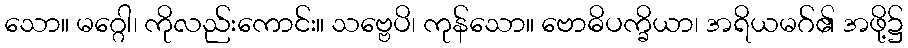
သော။ မဂ္ဂေါ၊ ကိုလည်းကောင်း။ သဗ္ဗေပိ၊ ကုန်သော။ ဗောဓိပက္ခိယာ၊ အရိယမဂ်၏ အဖို့၌